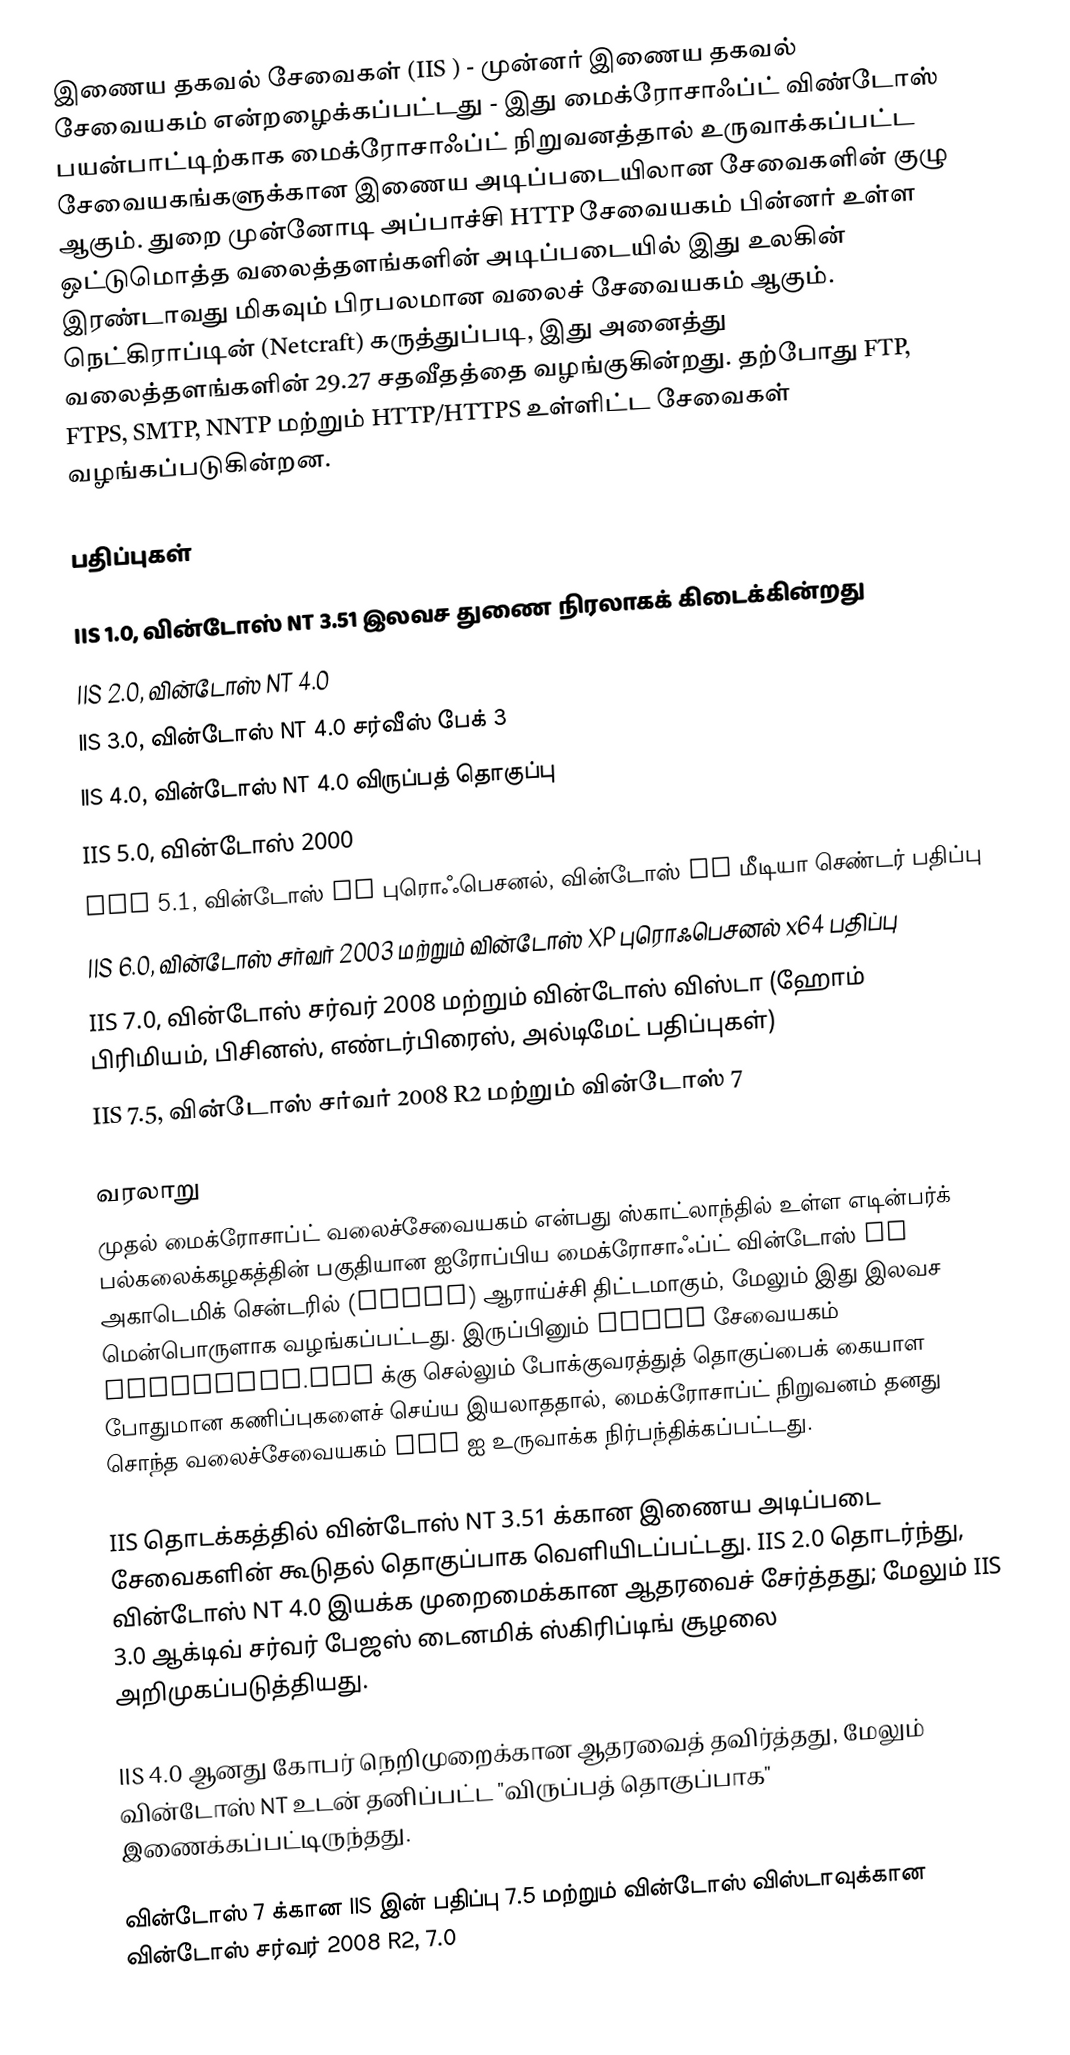
இணைய தகவல் சேவைகள்  (IIS ) - முன்னர் இணைய தகவல் சேவையகம்  என்றழைக்கப்பட்டது - இது மைக்ரோசாஃப்ட் விண்டோஸ் பயன்பாட்டிற்காக மைக்ரோசாஃப்ட் நிறுவனத்தால் உருவாக்கப்பட்ட சேவையகங்களுக்கான இணைய அடிப்படையிலான சேவைகளின் குழு ஆகும். துறை முன்னோடி அப்பாச்சி HTTP சேவையகம் பின்னர் உள்ள ஒட்டுமொத்த வலைத்தளங்களின் அடிப்படையில் இது உலகின் இரண்டாவது மிகவும் பிரபலமான வலைச் சேவையகம் ஆகும்.  நெட்கிராப்டின் (Netcraft) கருத்துப்படி, இது அனைத்து வலைத்தளங்களின் 29.27 சதவீதத்தை வழங்குகின்றது. தற்போது FTP, FTPS, SMTP, NNTP மற்றும் HTTP/HTTPS உள்ளிட்ட சேவைகள் வழங்கப்படுகின்றன.

பதிப்புகள்

IIS 1.0, வின்டோஸ் NT 3.51 இலவச துணை நிரலாகக் கிடைக்கின்றது
IIS 2.0, வின்டோஸ் NT 4.0
IIS 3.0, வின்டோஸ் NT 4.0 சர்வீஸ் பேக் 3
IIS 4.0, வின்டோஸ் NT 4.0 விருப்பத் தொகுப்பு
IIS 5.0, வின்டோஸ் 2000
IIS 5.1, வின்டோஸ் XP புரொஃபெசனல், வின்டோஸ் XP மீடியா செண்டர் பதிப்பு
IIS 6.0, வின்டோஸ் சர்வர் 2003 மற்றும் வின்டோஸ் XP புரொஃபெசனல் x64 பதிப்பு
IIS 7.0, வின்டோஸ் சர்வர் 2008 மற்றும் வின்டோஸ் விஸ்டா (ஹோம் பிரிமியம், பிசினஸ், எண்டர்பிரைஸ், அல்டிமேட் பதிப்புகள்)
IIS 7.5, வின்டோஸ் சர்வர் 2008 R2 மற்றும் வின்டோஸ் 7

வரலாறு
முதல் மைக்ரோசாப்ட் வலைச்சேவையகம் என்பது ஸ்காட்லாந்தில் உள்ள எடின்பர்க் பல்கலைக்கழகத்தின் பகுதியான ஐரோப்பிய மைக்ரோசாஃப்ட் வின்டோஸ் NT அகாடெமிக் சென்டரில் (EMWAC) ஆராய்ச்சி திட்டமாகும், மேலும் இது இலவச மென்பொருளாக வழங்கப்பட்டது. இருப்பினும் EMWAC சேவையகம் microsoft.com க்கு செல்லும் போக்குவரத்துத் தொகுப்பைக் கையாள போதுமான கணிப்புகளைச் செய்ய இயலாததால், மைக்ரோசாப்ட் நிறுவனம் தனது சொந்த வலைச்சேவையகம் IIS ஐ உருவாக்க நிர்பந்திக்கப்பட்டது.

IIS தொடக்கத்தில் வின்டோஸ் NT 3.51 க்கான இணைய அடிப்படை சேவைகளின் கூடுதல் தொகுப்பாக வெளியிடப்பட்டது. IIS 2.0 தொடர்ந்து, வின்டோஸ் NT 4.0 இயக்க முறைமைக்கான ஆதரவைச் சேர்த்தது; மேலும் IIS 3.0 ஆக்டிவ் சர்வர் பேஜஸ் டைனமிக் ஸ்கிரிப்டிங் சூழலை அறிமுகப்படுத்தியது.

IIS 4.0 ஆனது கோபர் நெறிமுறைக்கான ஆதரவைத் தவிர்த்தது, மேலும் வின்டோஸ் NT உடன் தனிப்பட்ட "விருப்பத் தொகுப்பாக" இணைக்கப்பட்டிருந்தது.

வின்டோஸ் 7 க்கான IIS இன் பதிப்பு 7.5 மற்றும் வின்டோஸ் விஸ்டாவுக்கான வின்டோஸ் சர்வர் 2008 R2, 7.0